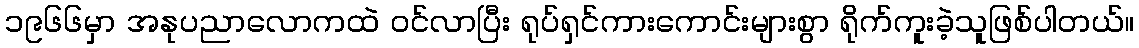
၁၉၆၆မှာ အနုပညာလောကထဲ ဝင်လာပြီး ရုပ်ရှင်ကားကောင်းများစွာ ရိုက်ကူးခဲ့သူဖြစ်ပါတယ်။